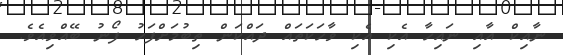
ނާއިކް އާއި ނައިހާ އެކި އެކި ވާހަކަތައް ދައްކަން ތިބުމަށްފަހު ފޯނު ބޭއްވިއެވެ.